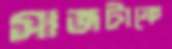
সাজটাকে